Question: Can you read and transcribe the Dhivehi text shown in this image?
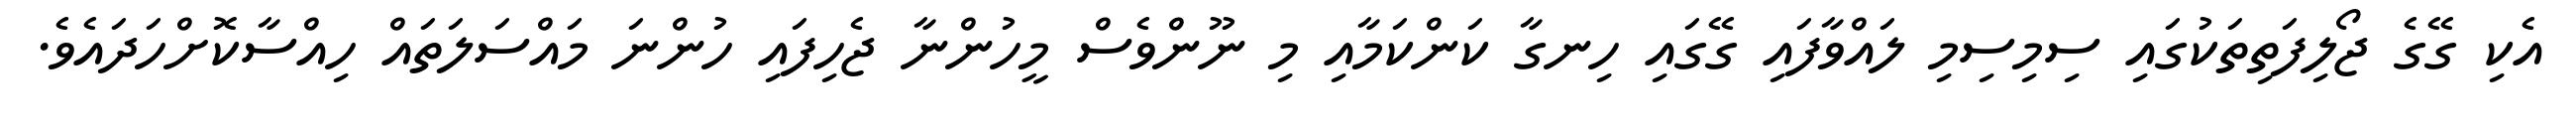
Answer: އެކި ގޭގެ ޖޯލިފަތިތަކުގައި ސިމިސިމި ލައްވާފައި ގޭގައި ހިނގާ ކަންކަމާއި މި ނޫންވެސް މީހުންނާ ޖެހިފައި ހުންނަ މައްސަލަތައް ހިއްސާކޮށްހަދައެވެ.